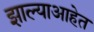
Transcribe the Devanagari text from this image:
झाल्याआहेत